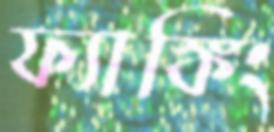
ফ্যাঙ্কিং